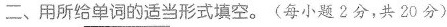
二、用所给单词的适当形式填空。（每小题2分，共20分）